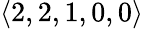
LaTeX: \langle 2,2,1,0,0\rangle